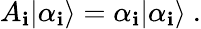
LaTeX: A_{\mathbf{i}}|{\alpha_{\mathbf{i}}}\rangle=\alpha_{\mathbf{i}}|{\alpha_{\mathbf{i}}}\rangle\ .